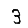
Digit: 3